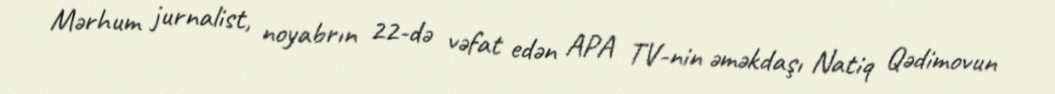
Mərhum jurnalist, noyabrın 22-də vəfat edən APA TV-nin əməkdaşı Natiq Qədimovun